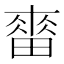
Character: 𤲷